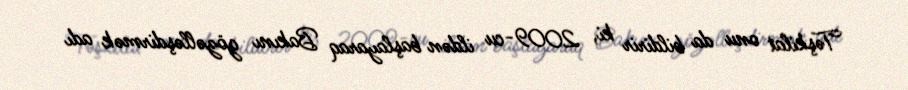
Təşkilat onu da bildirir ki, 2009-cu ildən başlayaraq Bakını gözəlləşdirmək adı